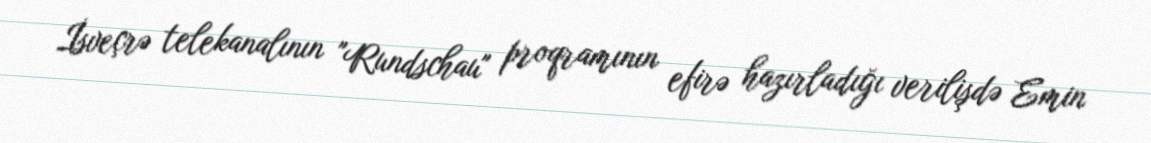
İsveçrə telekanalının "Rundschau" proqramının efirə hazırladığı verilişdə Emin